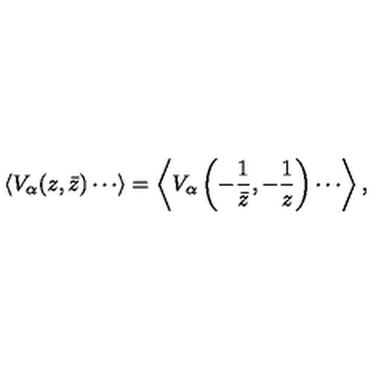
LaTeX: \langle V _ { \alpha } ( z , \bar { z } ) \cdots \rangle = \left\langle V _ { \alpha } \left( - \frac { 1 } { \bar { z } } , - \frac { 1 } { z } \right) \cdots \right\rangle ,